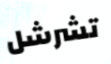
تشرشل